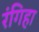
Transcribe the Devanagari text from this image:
रंगिहा